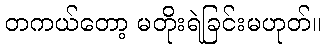
တကယ်တော့ မတိုးရဲခြင်းမဟုတ်။